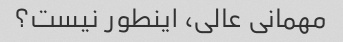
مهمانی عالی، اینطور نیست؟